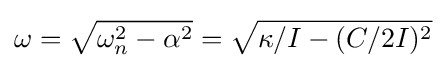
\omega ={\sqrt {\omega _{n}^{2}-\alpha ^{2}}}={\sqrt {\kappa /I-(C/2I)^{2}}}